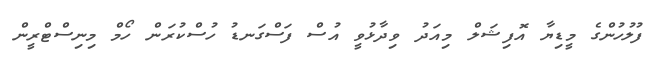
ފުލުހުންގެ މީޑިޔާ އޮފިޝަލް މިއަދު ވިދާޅުވީ އުސް ފަސްގަނޑު ހުސްކުރަން ހޯމް މިނިސްޓްރީން